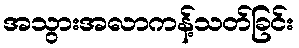
အသွားအလာကန့်သတ်ခြင်း